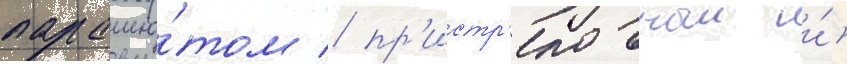
парашю́том / пр'истр'елочныи и́